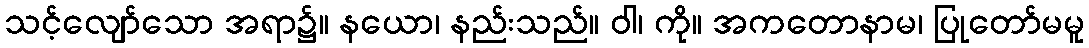
သင့်လျော်သော အရာ၌။ နယော၊ နည်းသည်။ ဝါ၊ ကို။ အကတောနာမ၊ ပြုတော်မမူ